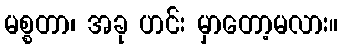
မစ္စတာ၊ အခု ဟင်း မှာတော့မလား။